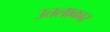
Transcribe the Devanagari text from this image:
उत्तलाकार